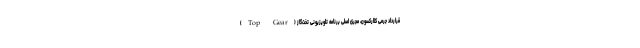
قرارداد جرمی کلارکسون، مجری اصلی برنامه تلویزیونی تخت‌گاز (Top Gear)